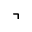
\urcorner